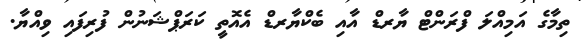
ތިމާގެ އަމިއްލަ ފްރަންޓް ޔާރޑް އާއި ބެކްޔާރޑް އެއޮތީ ކަރަޕްޝަނުން ފުރިފައި ވިއްޔާ.